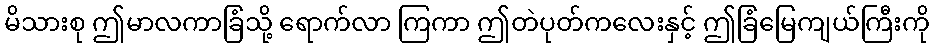
မိသားစု ဤမာလကာခြံသို့ ရောက်လာ ကြကာ ဤတဲပုတ်ကလေးနှင့် ဤခြံမြေကျယ်ကြီးကို